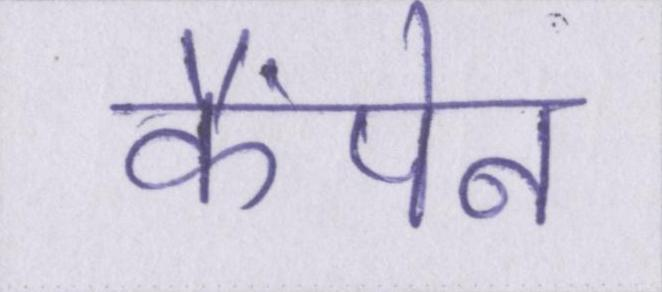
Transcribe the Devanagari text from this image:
कैंपेन